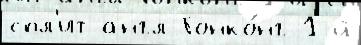
спл'ит англ Гонко́нг 1-й